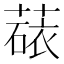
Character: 𬝻